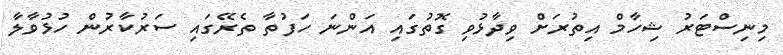
މިނިސްޓަރު ޝިހާމް އިތުރަށް ވިދާޅުވި ގޮތުގައި އަންނަ ހަފުތާ ތެރޭގައި ސަރުކާރުން ހުޅުވާލާ